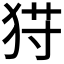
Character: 𱭾